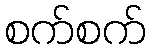
စက်စက်